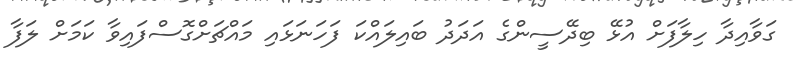
ގަވާއިދާ ހިލާފަށް އުޅޭ ބިދޭސީންގެ އަދަދު ބައިލައްކަ ފަހަނަޅައި މައްޗަށްގޮސްފައިވާ ކަމަށް ލަފާ